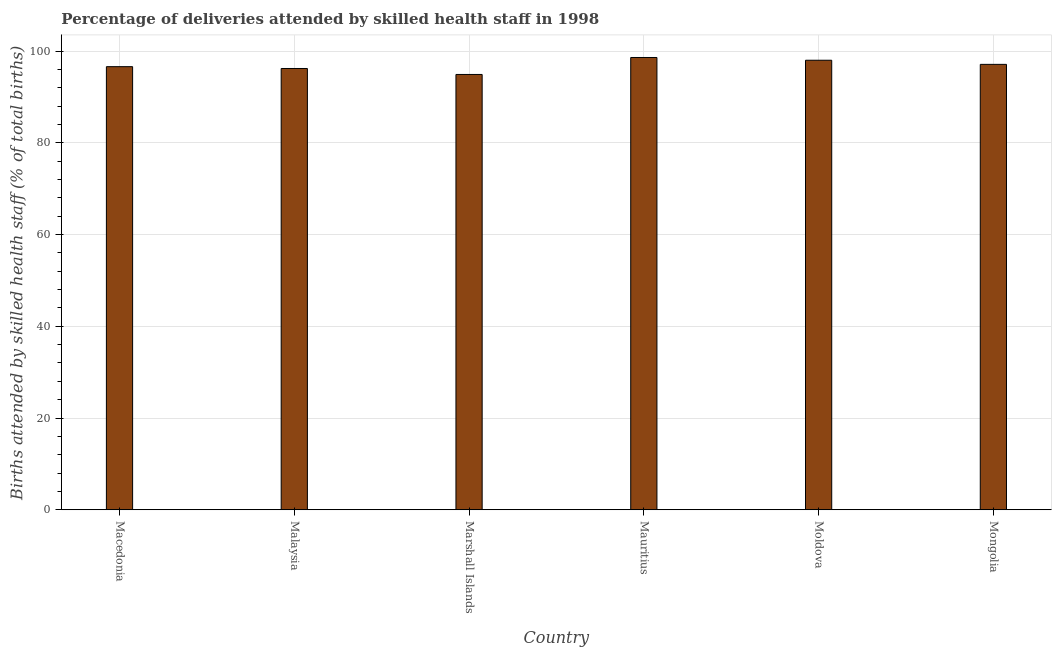
| Country | Births attended by skilled health staff |
 | --- | --- |
 | Macedonia | 96.6 |
 | Malaysia | 96.2 |
 | Marshall Islands | 94.9 |
 | Mauritius | 98.6 |
 | Moldova | 98 |
 | Mongolia | 97.1 |